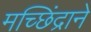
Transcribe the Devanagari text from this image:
मच्छिंद्राने